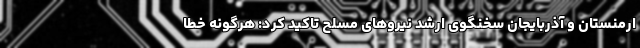
ارمنستان و آذربایجان سخنگوی ارشد نیروهای مسلح تاکید کرد: هرگونه خطا